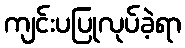
ကျင်းပပြုလုပ်ခဲ့ရာ